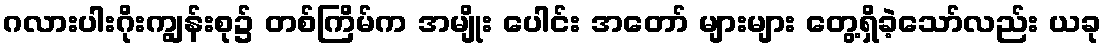
ဂလားပါးဂိုးကျွန်းစု၌ တစ်ကြိမ်က အမျိုး ပေါင်း အတော် များများ တွေ့ရှိခဲ့သော်လည်း ယခု